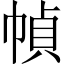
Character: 幀